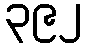
၃၉၂